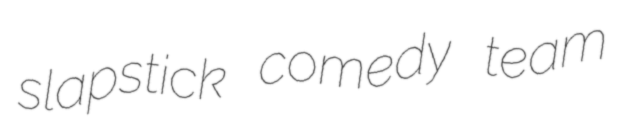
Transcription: slapstick comedy team